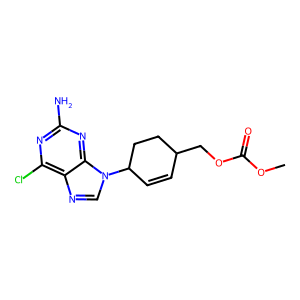
SMILES: COC(=O)OCC1C=CC(n2cnc3c(Cl)nc(N)nc32)CC1
Inhibits HIV replication: No